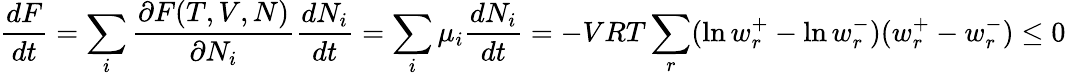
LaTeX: {\frac{dF}{dt}}=\sum_{i}{\frac{\partial F(T,V,N)}{\partial N_{i}}}{\frac{dN_{i}}{dt}}=\sum_{i}\mu_{i}{\frac{dN_{i}}{dt}}=-VRT\sum_{r}(\ln w_{r}^{+}-\ln w_{r}^{-})(w_{r}^{+}-w_{r}^{-})\leq 0